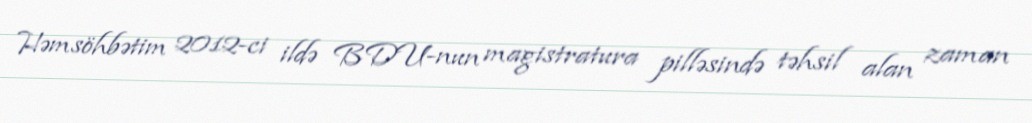
Həmsöhbətim 2012-ci ildə BDU-nun magistratura pilləsində təhsil alan zaman